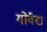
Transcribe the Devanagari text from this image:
गोवैद्य